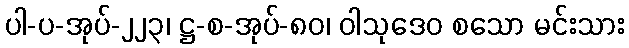
ပါ-ပ-အုပ်-၂၂၃၊ ဋ္ဌ-စ-အုပ်-၈၀၊ ဝါသုဒေဝ စသော မင်းသား